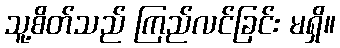
သူ့စိတ်သည် ကြည်လင်ခြင်း မရှိ။